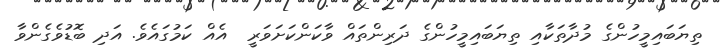
ތިޔަބައިމީހުންގެ މުދާތަކާއި ތިޔަބައިމީހުންގެ ދަރިންތައް ވާކަންކަށަވަރީ  އެއް ކަމުގައެވެ. އަދި ބޮޑުވެގެންވާ